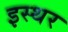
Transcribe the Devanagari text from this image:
इस्थर